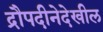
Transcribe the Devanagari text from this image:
द्रौपदीनेदेखील